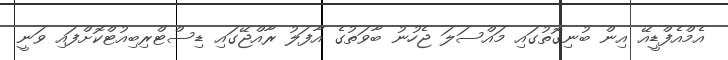
އެމްއެފްޑީއޭ އިން ބުނިގޮތުގައި މައްސަލަ ޖެހުނު ބާވަތުގެ އާފަލު ރާއްޖޭގައި ޑިސްޓްރިބިއުޓްކޮށްފައި ވަނީ